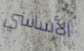
الأساسي